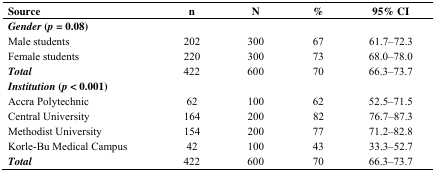
<table><thead><tr><td><b>Source</b></td><td><b>n</b></td><td><b>N</b></td><td><b>%</b></td><td><b>95% CI</b></td></tr></thead><tbody><tr><td><b><i>Gender</i> (<i>p</i> = 0.08)</b></td><td></td><td></td><td></td><td></td></tr><tr><td>Male students</td><td>202</td><td>300</td><td>67</td><td>61.7–72.3</td></tr><tr><td>Female students</td><td>220</td><td>300</td><td>73</td><td>68.0–78.0</td></tr><tr><td><b><i>Total</i></b></td><td>422</td><td>600</td><td>70</td><td>66.3–73.7</td></tr><tr><td><b><i>Institution</i> (<i>p</i> &lt; 0.001)</b></td><td></td><td></td><td></td><td></td></tr><tr><td>Accra Polytechnic</td><td>62</td><td>100</td><td>62</td><td>52.5–71.5</td></tr><tr><td>Central University</td><td>164</td><td>200</td><td>82</td><td>76.7–87.3</td></tr><tr><td>Methodist University</td><td>154</td><td>200</td><td>77</td><td>71.2–82.8</td></tr><tr><td>Korle-Bu Medical Campus</td><td>42</td><td>100</td><td>43</td><td>33.3–52.7</td></tr><tr><td><b><i>Total</i></b></td><td>422</td><td>600</td><td>70</td><td>66.3–73.7</td></tr></tbody></table>